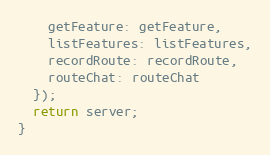
Language: JavaScript
    getFeature: getFeature,
    listFeatures: listFeatures,
    recordRoute: recordRoute,
    routeChat: routeChat
  });
  return server;
}